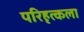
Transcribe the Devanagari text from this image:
परिहृत्कला